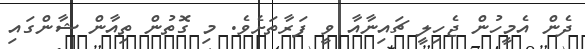
ދެން އެމީހުން ޖެހިލީ ޗައިނާއާ ވީ ފަރާތަށެވެ. މި ގޮތުން ތިއާން ޝާންގައި